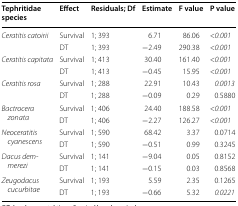
<table><thead><tr><td><b>Tephritidae species</b></td><td><b>Effect</b></td><td><b>Residuals; Df</b></td><td><b>Estimate</b></td><td><b>F value</b></td><td><b>P value</b></td></tr></thead><tbody><tr><td rowspan="2"><i>Ceratitis catoirii</i></td><td>Survival</td><td>1; 393</td><td>6.71</td><td>86.06</td><td>&lt;<i>0.001</i></td></tr><tr><td>DT</td><td>1; 393</td><td>−2.49</td><td>290.38</td><td>&lt;<i>0.001</i></td></tr><tr><td rowspan="2"><i>Ceratitis capitata</i></td><td>Survival</td><td>1; 413</td><td>30.40</td><td>161.40</td><td>&lt;<i>0.001</i></td></tr><tr><td>DT</td><td>1; 413</td><td>−0.45</td><td>15.95</td><td>&lt;<i>0.001</i></td></tr><tr><td rowspan="2"><i>Ceratitis rosa</i></td><td>Survival</td><td>1; 288</td><td>22.91</td><td>10.43</td><td><i>0.0013</i></td></tr><tr><td>DT</td><td>1; 288</td><td>−0.09</td><td>0.29</td><td>0.5880</td></tr><tr><td rowspan="2"><i>Bactrocera zonata</i></td><td>Survival</td><td>1; 406</td><td>24.40</td><td>188.58</td><td>&lt;<i>0.001</i></td></tr><tr><td>DT</td><td>1; 406</td><td>−2.27</td><td>126.27</td><td>&lt;<i>0.001</i></td></tr><tr><td rowspan="2"><i>Neoceratitis cyanescens</i></td><td>Survival</td><td>1; 590</td><td>68.42</td><td>3.37</td><td>0.0714</td></tr><tr><td>DT</td><td>1; 590</td><td>−0.51</td><td>0.99</td><td>0.3245</td></tr><tr><td rowspan="2"><i>Dacus demmerezi</i></td><td>Survival</td><td>1; 141</td><td>−9.04</td><td>0.05</td><td>0.8152</td></tr><tr><td>DT</td><td>1; 141</td><td>−0.15</td><td>0.03</td><td>0.8568</td></tr><tr><td rowspan="2"><i>Zeugodacus cucurbitae</i></td><td>Survival</td><td>1; 193</td><td>5.59</td><td>2.35</td><td>0.1265</td></tr><tr><td>DT</td><td>1; 193</td><td>−0.66</td><td>5.32</td><td><i>0.0221</i></td></tr></tbody></table>